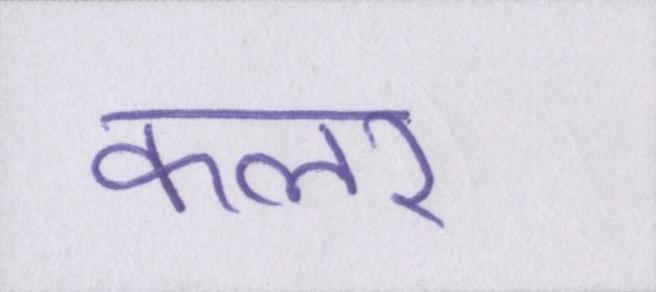
कलर